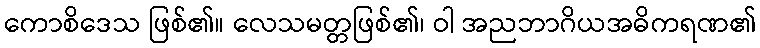
ကောစိဒေသ ဖြစ်၏။ လေသမတ္တဖြစ်၏၊ ဝါ အညဘာဂိယအဓိကရဏ၏